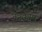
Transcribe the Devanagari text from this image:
नेत्रकम्प